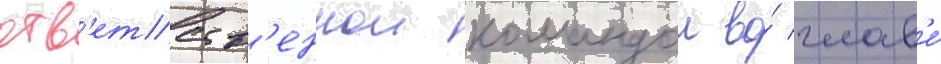
отв'етств'еннои командои во́ глав'е́